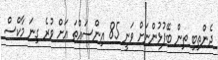
ދެންތިބި ތިން ބޭފުޅުންނަށް ވަނީ 85 އިންސައްތަ އަށް ވުރެ ގިނަ މާކްސް